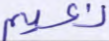
نعيم